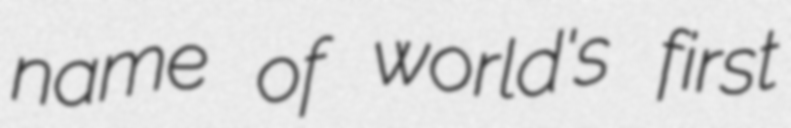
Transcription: name of world's first